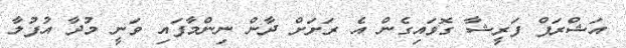
އަޝްރަފް ފަރީޝާ ގޮވައިގެން އެ ރަށަށް ދާން ނިންމާފައި ވަނީ މުދާ އުފުލާ